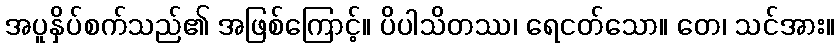
အပူနှိပ်စက်သည်၏ အဖြစ်ကြောင့်။ ပိပါသိတဿ၊ ရေငတ်သော။ တေ၊ သင်အား။